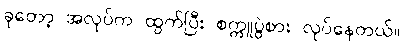
ခုတော့ အလုပ်က ထွက်ပြီး စက္ကူပွဲစား လုပ်နေတယ်။